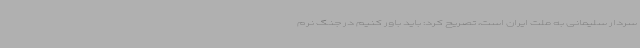
سردار سلیمانی به ملت ایران است، تصریح کرد: باید باور کنیم در جنگ نرم